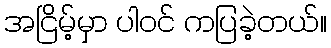
အငြိမ့်မှာ ပါဝင် ကပြခဲ့တယ်။